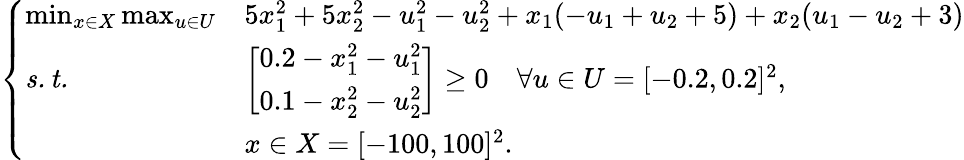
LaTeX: \left\{ \begin{array}{lll}{\operatorname*{min}_{x\in X}\operatorname*{max}_{u\in U}}&{5x_{1}^{2}+5x_{2}^{2}-u_{1}^{2}-u_{2}^{2}+x_{1}(-u_{1}+u_{2}+5)+x_{2}(u_{1}-u_{2}+3)}\\ {\mathit{s.t.}}&{\left[\begin{array}{l}{0.2-x_{1}^{2}-u_{1}^{2}}\\ {0.1-x_{2}^{2}-u_{2}^{2}}\end{array}\right]\geq 0\quad\forall u\in U=[-0.2,0.2]^{2},}\\ &{x\in X=[-100,100]^{2}.}\end{array}\right.